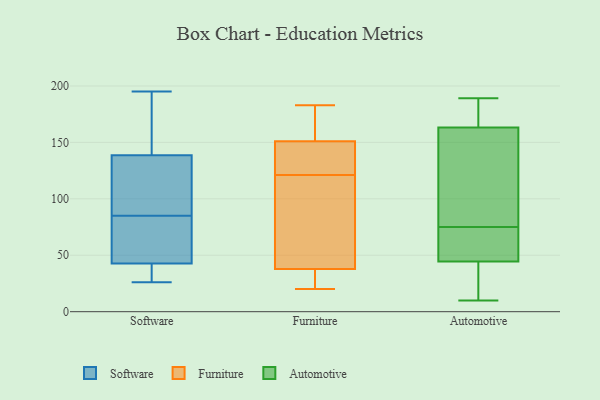
{"axis": {"x": "Shipments", "y": "Value"}, "legend": ["Automotive", "Furniture", "Software"], "data": [{"x": "", "y": 169, "type": "Software"}, {"x": "", "y": 118, "type": "Software"}, {"x": "", "y": 39, "type": "Software"}, {"x": "", "y": 85, "type": "Software"}, {"x": "", "y": 26, "type": "Software"}, {"x": "", "y": 136, "type": "Software"}, {"x": "", "y": 85, "type": "Software"}, {"x": "", "y": 61, "type": "Software"}, {"x": "", "y": 26, "type": "Software"}, {"x": "", "y": 146, "type": "Software"}, {"x": "", "y": 195, "type": "Software"}, {"x": "", "y": 63, "type": "Software"}, {"x": "", "y": 44, "type": "Software"}, {"x": "", "y": 20, "type": "Furniture"}, {"x": "", "y": 23, "type": "Furniture"}, {"x": "", "y": 25, "type": "Furniture"}, {"x": "", "y": 76, "type": "Furniture"}, {"x": "", "y": 163, "type": "Furniture"}, {"x": "", "y": 183, "type": "Furniture"}, {"x": "", "y": 46, "type": "Furniture"}, {"x": "", "y": 144, "type": "Furniture"}, {"x": "", "y": 147, "type": "Furniture"}, {"x": "", "y": 42, "type": "Furniture"}, {"x": "", "y": 164, "type": "Furniture"}, {"x": "", "y": 121, "type": "Furniture"}, {"x": "", "y": 137, "type": "Furniture"}, {"x": "", "y": 171, "type": "Automotive"}, {"x": "", "y": 75, "type": "Automotive"}, {"x": "", "y": 100, "type": "Automotive"}, {"x": "", "y": 92, "type": "Automotive"}, {"x": "", "y": 61, "type": "Automotive"}, {"x": "", "y": 164, "type": "Automotive"}, {"x": "", "y": 65, "type": "Automotive"}, {"x": "", "y": 106, "type": "Automotive"}, {"x": "", "y": 43, "type": "Automotive"}, {"x": "", "y": 13, "type": "Automotive"}, {"x": "", "y": 163, "type": "Automotive"}, {"x": "", "y": 29, "type": "Automotive"}, {"x": "", "y": 189, "type": "Automotive"}, {"x": "", "y": 45, "type": "Automotive"}, {"x": "", "y": 10, "type": "Automotive"}, {"x": "", "y": 53, "type": "Automotive"}, {"x": "", "y": 184, "type": "Automotive"}]}